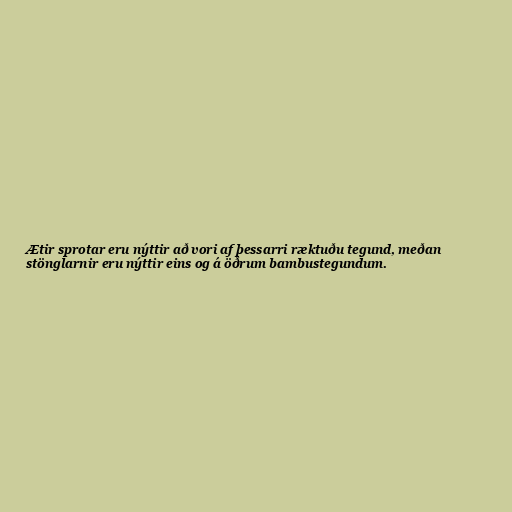
Ætir sprotar eru nýttir að vori af þessarri ræktuðu tegund, meðan
stönglarnir eru nýttir eins og á öðrum bambustegundum.